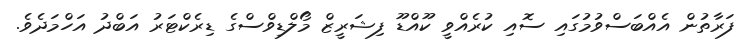
ފަރާތުން އެއްބަސްވުމުގައި ސޮއި ކުރެއްވީ ކޫއްޑޫ ފިޝަރީޒް މޯލްޑިވްސްގެ ޑިރެކްޓަރު އަބްދު އަހްމަދެވެ.